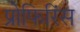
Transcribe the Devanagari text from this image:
प्रोफिरिंस